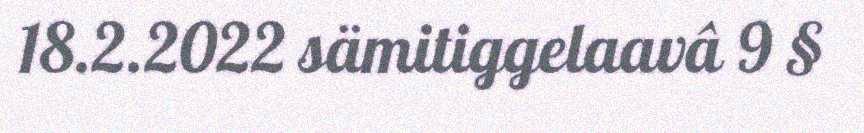
18.2.2022 sämitiggelaavâ 9 §